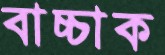
বাচ্চাক